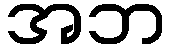
အဘ